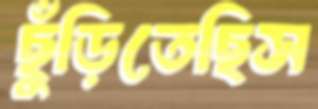
ছুঁড়িতেছিস